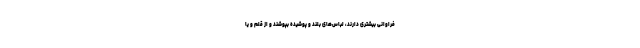
فراوانی بیشتری دارند، لباس‌های بلند و پوشیده بپوشند و از قلم و یا